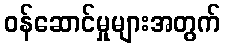
ဝန်ဆောင်မှုများအတွက်